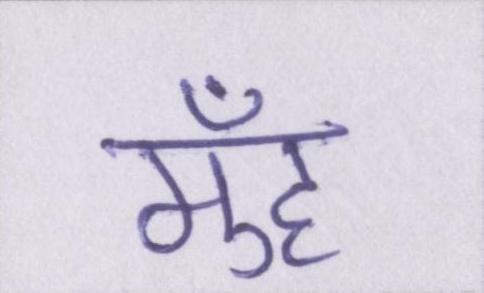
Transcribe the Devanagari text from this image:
मुँह